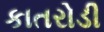
કાતરોડી